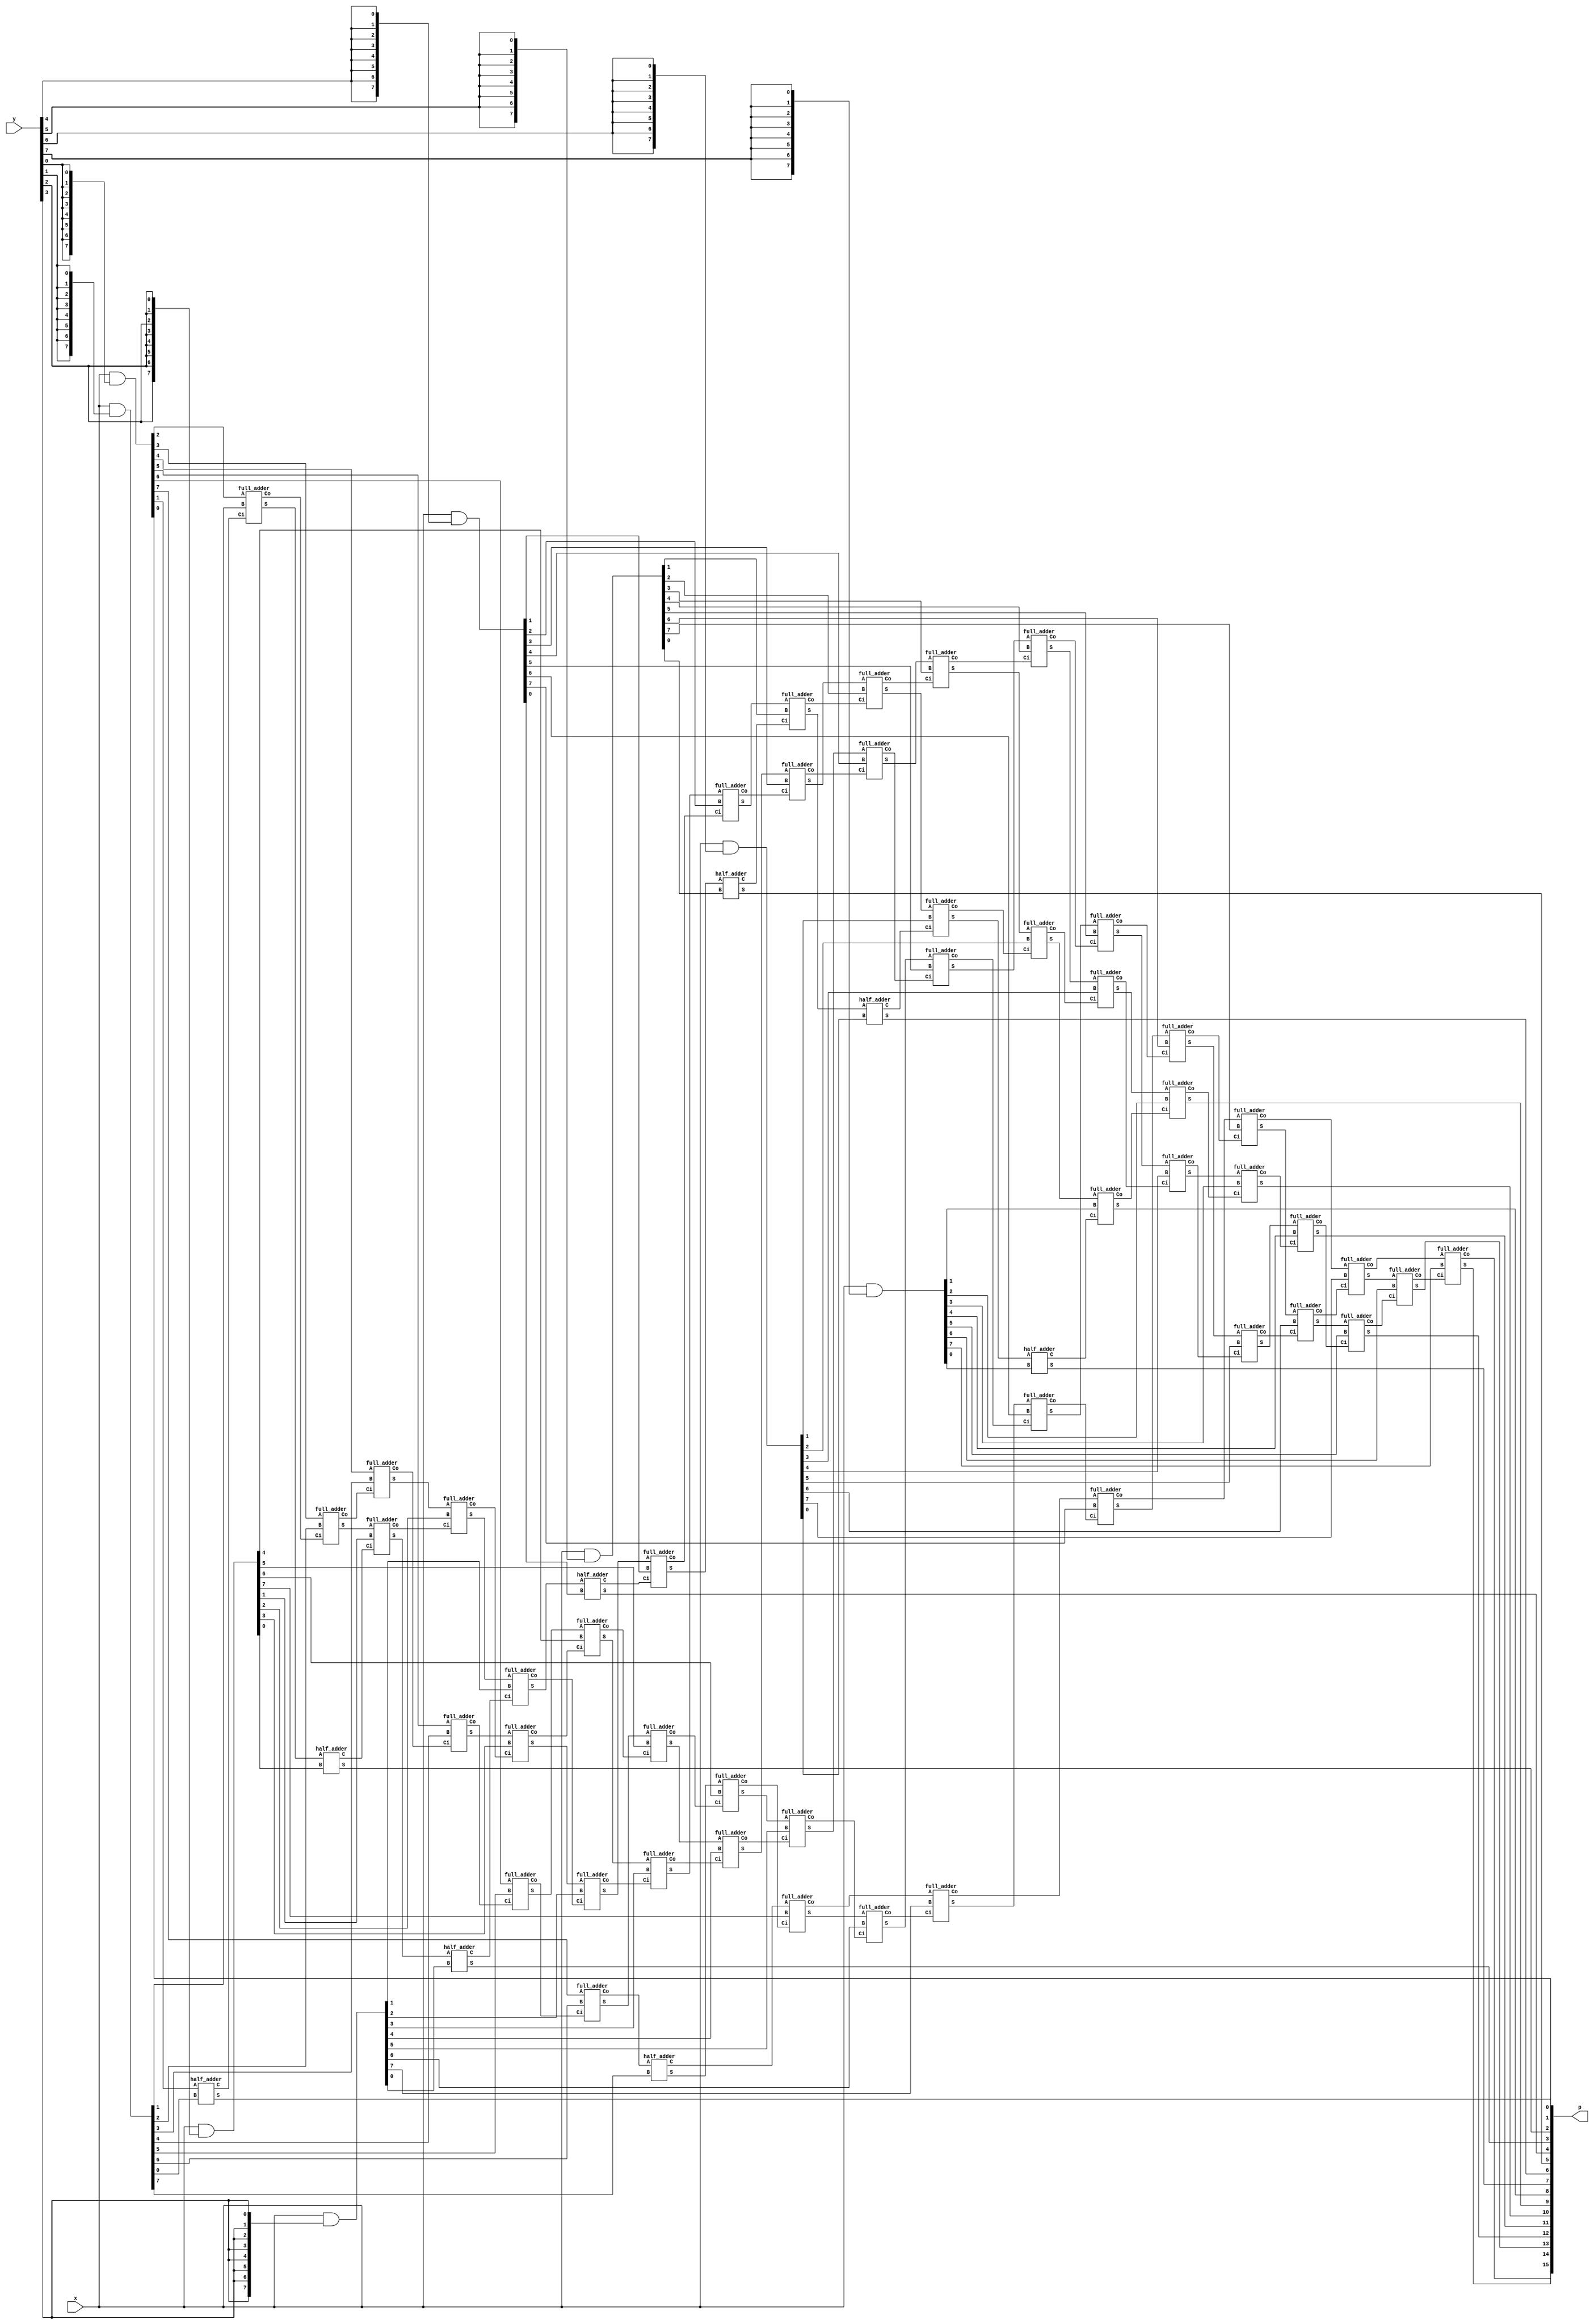
module Array_Multiplier(x,y,p);
input [7:0]x,y;
output [15:0]p;
wire [7:0]p0,p1,p2,p3,p4,p5,p6,p7;

assign  p0 = x & {8{y[0]}};
assign  p1 = x & {8{y[1]}};
assign  p2 = x & {8{y[2]}};
assign  p3 = x & {8{y[3]}};
assign  p4 = x & {8{y[4]}};
assign  p5 = x & {8{y[5]}};
assign  p6 = x & {8{y[6]}};
assign  p7 = x & {8{y[7]}};


// 1st stage

assign p[0] = p0[0];
half_adder ha1(p0[1],p1[0],p[1],c11);
full_adder fa1(p0[2],p1[1],c11,s12,c12);
full_adder fa2(p0[3],p1[2],c12,s13,c13);
full_adder fa3(p0[4],p1[3],c13,s14,c14);
full_adder fa4(p0[5],p1[4],c14,s15,c15);
full_adder fa5(p0[6],p1[5],c15,s16,c16);
full_adder fa6(p0[7],p1[6],c16,s17,c17);
half_adder ha2(c17,p1[7],s18,c18);

// 2nd stage

half_adder ha3(s12,p2[0],p[2],c21);
full_adder fa7(s13,p2[1],c21,s22,c22);
full_adder fa8(s14,p2[2],c22,s23,c23);
full_adder fa9(s15,p2[3],c23,s24,c24);
full_adder fa10(s16,p2[4],c24,s25,c25);
full_adder fa11(s17,p2[5],c25,s26,c26);
full_adder fa12(s18,p2[6],c26,s27,c27);
full_adder fa13(c18,p2[7],c27,s28,c28);

// 3rd stage

half_adder ha4(s22,p3[0],p[3],c31);
full_adder fa14(s23,p3[1],c31,s32,c32);
full_adder fa15(s24,p3[2],c32,s33,c33);
full_adder fa16(s25,p3[3],c33,s34,c34);
full_adder fa17(s26,p3[4],c34,s35,c35);
full_adder fa18(s27,p3[5],c35,s36,c36);
full_adder fa19(s28,p3[6],c36,s37,c37);
full_adder fa20(c28,p3[7],c37,s38,c38);

// 4th stage

half_adder ha5(s32,p4[0],p[4],c41);
full_adder fa21(s33,p4[1],c41,s42,c42);
full_adder fa22(s34,p4[2],c42,s43,c43);
full_adder fa23(s35,p4[3],c43,s44,c44);
full_adder fa24(s36,p4[4],c44,s45,c45);
full_adder fa25(s37,p4[5],c45,s46,c46);
full_adder fa26(s38,p4[6],c46,s47,c47);
full_adder fa27(c38,p4[7],c47,s48,c48);

// 5th Stage

half_adder ha6(s42,p5[0],p[5],c51);
full_adder fa28(s43,p5[1],c51,s52,c52);
full_adder fa29(s44,p5[2],c52,s53,c53);
full_adder fa30(s45,p5[3],c53,s54,c54);
full_adder fa31(s46,p5[4],c54,s55,c55);
full_adder fa32(s47,p5[5],c55,s56,c56);
full_adder fa33(s48,p5[6],c56,s57,c57);
full_adder fa34(c48,p5[7],c57,s58,c58);

// 6th Stage

half_adder ha7(s52,p6[0],p[6],c61);
full_adder fa35(s53,p6[1],c61,s62,c62);
full_adder fa36(s54,p6[2],c62,s63,c63);
full_adder fa37(s55,p6[3],c63,s64,c64);
full_adder fa38(s56,p6[4],c64,s65,c65);
full_adder fa39(s57,p6[5],c65,s66,c66);
full_adder fa40(s58,p6[6],c66,s67,c67);
full_adder fa41(c58,p6[7],c67,s68,c68);

// Last Stage - 7th stage

half_adder ha8(s62,p7[0],p[7],c71);
full_adder fa42(s63,p7[1],c71,p[8],c72);
full_adder fa43(s64,p7[2],c72,p[9],c73);
full_adder fa44(s65,p7[3],c73,p[10],c74);
full_adder fa45(s66,p7[4],c74,p[11],c75);
full_adder fa46(s67,p7[5],c75,p[12],c76);
full_adder fa47(s68,p7[6],c76,p[13],c77);
full_adder fa48(c68,p7[7],c77,p[14],p[15]);

endmodule


module full_adder (A,B,Ci,S,Co);
output Co,S;
input  A,B,Ci;
assign {Co,S} = A + B + Ci;
endmodule

module half_adder (A,B,S,C);
output C,S;
input  A,B;
assign {C,S} = A + B;
endmodule